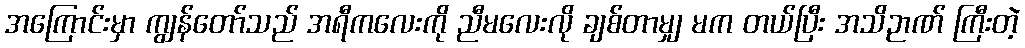
အကြောင်းမှာ ကျွန်တော်သည် အရီကလေးကို ညီမလေးလို ချစ်တာမျှ မက တယ်ပြီး အသိဉာဏ် ကြီးတဲ့